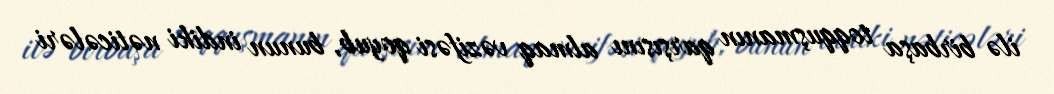
ilə birbaşa toqquşmanın qarşısını almaq vəzifəsi qoyub, bunun indiki nəticələri